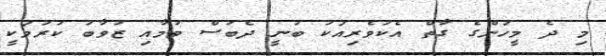
މި ދެ މީހުންގެ ގާތް އެކުވެރިއަކު ބުނީ ދެބަސް ވުމާއި ޒުވާބު ކުރުމަކީ